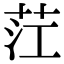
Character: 茳